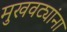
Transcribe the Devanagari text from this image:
मुखवट्यांना